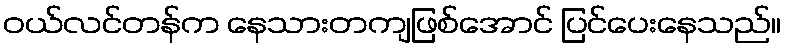
ဝယ်လင်တန်က နေသားတကျဖြစ်အောင် ပြင်ပေးနေသည်။